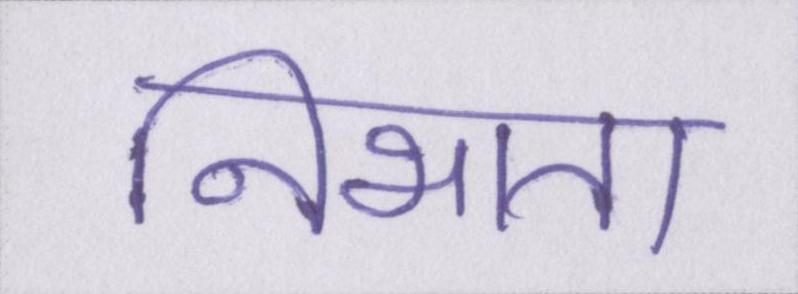
निभाता